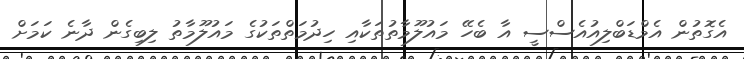
އެގޮތުން އެމްޑަބްލިއުއެސްސީ އާ ބެހޭ މައުލޫމާތުތަކާއި ހިދުމަތްތަކުގެ މައުލޫމާތު ލިބިގެން ދާނެ ކަމަށް